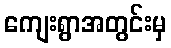
ကျေးရွာအတွင်းမှ